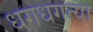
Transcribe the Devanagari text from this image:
धगधगत्या